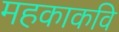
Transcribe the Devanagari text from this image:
महकाकवि